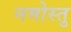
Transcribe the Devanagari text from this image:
नमोस्तु